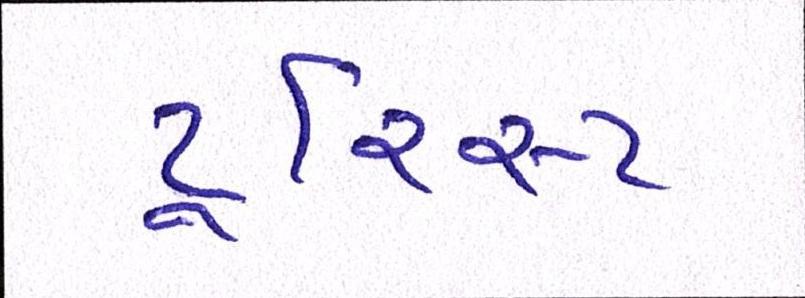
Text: ટૂરિસ્ટ